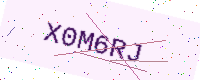
Text: X0M6RJ